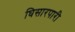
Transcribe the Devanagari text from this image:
घिसारपारी